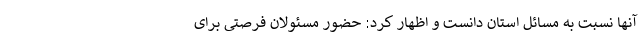
آنها نسبت به مسائل استان دانست و اظهار کرد: حضور مسئولان فرصتی برای